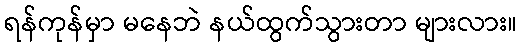
ရန်ကုန်မှာ မနေဘဲ နယ်ထွက်သွားတာ များလား။